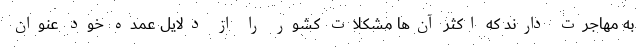
به مهاجرت دارند که اکثر آن‌ها مشکلات کشور را از دلایل عمده خود عنوان